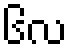
၆လ